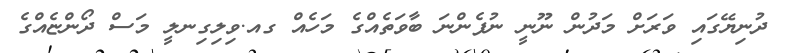
ދުނިޔޭގައި ވަރަށް މަދުން ނޫނީ ނުފެންނަ ބާވަތެއްގެ މަހެއް ގއ.ވިލިގިނލީ މަސް ދޯންޏެއްގެ